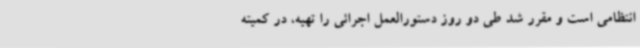
انتظامی است و مقرر شد طی دو روز دستورالعمل اجرائی را تهیه، در کمیته